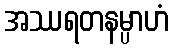
အဿရတနမ္ပာဟံ